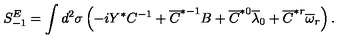
S _ { - 1 } ^ { E } = \int d ^ { 2 } \sigma \left( - i Y ^ { * } C ^ { - 1 } + \overline { { C } } ^ { * - 1 } B + \overline { { C } } ^ { * 0 } \overline { { \lambda } } _ { 0 } + \overline { { C } } ^ { * r } \overline { { \omega } } _ { r } \right) .